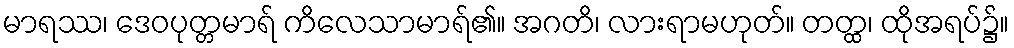
မာရဿ၊ ဒေဝပုတ္တမာရ် ကိလေသာမာရ်၏။ အဂတိ၊ လားရာမဟုတ်။ တတ္ထ၊ ထိုအရပ်၌။